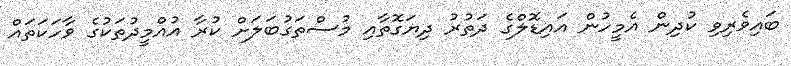
ބައިވެރިވި ކުދިން އެމީހުން އައިޑޮލްގެ ދަތުރު ދިޔަގޮތާއި މުސްތަގުބަލަށް ކުރާ އުއްމީދުތަކުގެ ވާހަކަތައް